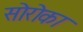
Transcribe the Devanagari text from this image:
सोरोका